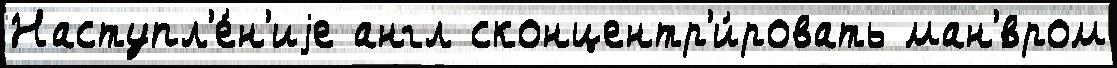
Наступл'е́н'иjе англ сконцентр'и́ровать ман'́вром